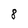
Character: 8